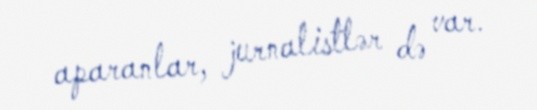
aparanlar, jurnalistlər də var.